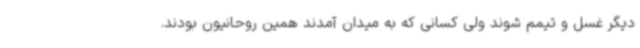
دیگر غسل و تیمم شوند ولی کسانی که به میدان آمدند همین روحانیون بودند.